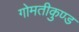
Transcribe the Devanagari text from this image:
गोमतीकुण्ड